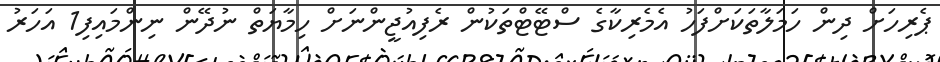
ޕެރިހަށް ދިން ހަމަލާތަކަށްފަހު އެމެރިކާގެ ސްޓޭޓްތަކުން ރެފިއުޖީންނަށް ހިމާޔަތް ނުދޭން ނިންމައިފި1 އަހަރު